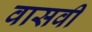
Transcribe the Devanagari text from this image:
वासवी